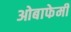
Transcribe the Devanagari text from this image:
ओबाफेमी